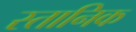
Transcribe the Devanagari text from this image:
स्तानिक